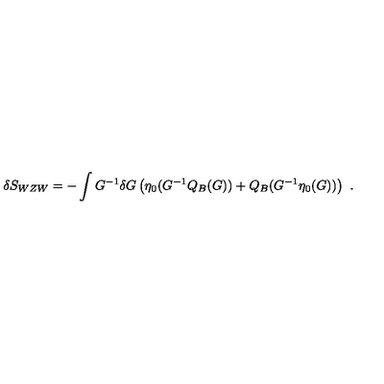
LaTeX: \delta S _ { W Z W } = - \int G ^ { - 1 } \delta G \left( \eta _ { 0 } ( G ^ { - 1 } Q _ { B } ( G ) ) + Q _ { B } ( G ^ { - 1 } \eta _ { 0 } ( G ) ) \right) \ .